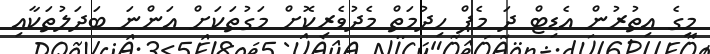
މީގެ އިތުރުން އެޑިޓް ދަ މެޕް ހިދުމަތް މެދުވެރިކޮށް މަގުތަކަށް އަންނަ ބަދަލުތަކާއި